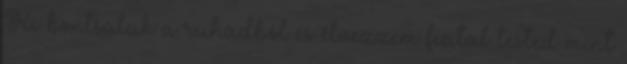
Ki bontsalak a ruhádból és élvezzem fiatal tested mint